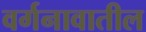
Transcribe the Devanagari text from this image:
वर्गनावातील